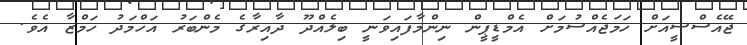
ޖޭއެސްސީއަށް ހަމަޖެއްސުމަށް އެމްޑީޕީން ނިންމާފައިވަނީ ބިލެއްދޫ ދާއިރާގެ މެންބަރު އަހްމަދު ހަމްޒާ އެވެ.